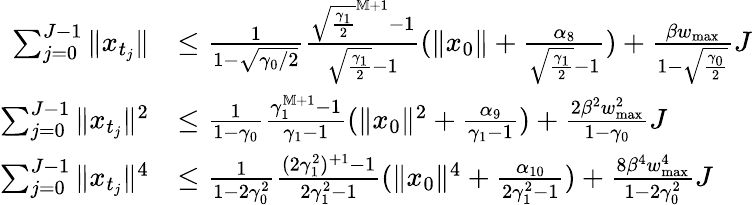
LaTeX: \begin{array}{rl}{\sum_{j=0}^{J-1}\| x_{t_{j}}\| }&{\leq\frac{1}{1-\sqrt{\gamma_{0}/2}}\frac{\sqrt{\frac{\gamma_{1}}{2}}^{\mathbb M+1}-1}{\sqrt{\frac{\gamma_{1}}{2}}-1}(\| x_{0}\| +\frac{\alpha_{8}}{\sqrt{\frac{\gamma_{1}}{2}}-1})+\frac{\beta w_{\operatorname*{max}}}{1-\sqrt{\frac{\gamma_{0}}{2}}}J}\\ {\sum_{j=0}^{J-1}\| x_{t_{j}}\| ^{2}}&{\leq\frac{1}{1-\gamma_{0}}\frac{\gamma_{1}^{\mathbb M+1}-1}{\gamma_{1}-1}(\| x_{0}\| ^{2}+\frac{\alpha_{9}}{\gamma_{1}-1})+\frac{2\beta^{2}w_{\operatorname*{max}}^{2}}{1-\gamma_{0}}J}\\ {\sum_{j=0}^{J-1}\| x_{t_{j}}\| ^{4}}&{\leq\frac{1}{1-2\gamma_{0}^{2}}\frac{(2\gamma_{1}^{2})^{\mathbb+1}-1}{2\gamma_{1}^{2}-1}(\| x_{0}\| ^{4}+\frac{\alpha_{10}}{2\gamma_{1}^{2}-1})+\frac{8\beta^{4}w_{\operatorname*{max}}^{4}}{1-2\gamma_{0}^{2}}J}\end{array}